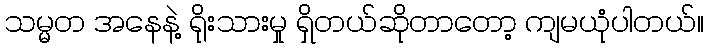
သမ္မတ အနေနဲ့ ရိုးသားမှု ရှိတယ်ဆိုတာတော့ ကျမယုံပါတယ်။